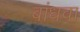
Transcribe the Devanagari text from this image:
बांधवा